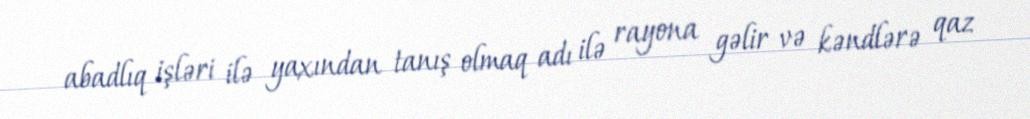
abadlıq işləri ilə yaxından tanış olmaq adı ilə rayona gəlir və kəndlərə qaz